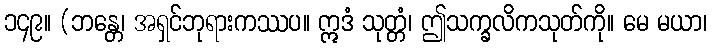
၁၄၉။ (ဘန္တေ၊ အရှင်ဘုရားကဿပ။ ဣဒံ သုတ္တံ၊ ဤသက္ခလိကသုတ်ကို။ မေ မယာ၊